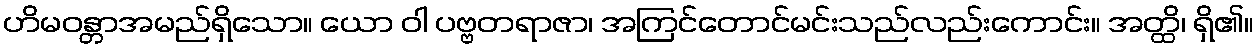
ဟိမဝန္တာအမည်ရှိသော။ ယော ဝါ ပဗ္ဗတရာဇာ၊ အကြင်တောင်မင်းသည်လည်းကောင်း။ အတ္ထိ၊ ရှိ၏။